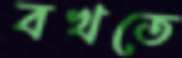
বখতে